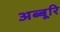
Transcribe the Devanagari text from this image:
अब्बूरि